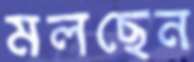
মলছেন